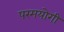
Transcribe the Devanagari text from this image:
परमयोगी